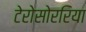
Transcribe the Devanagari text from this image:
टेरोसोररिया